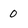
Character: 0